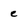
Character: e